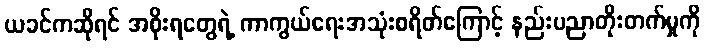
ယခင်ကဆိုရင် အစိုးရတွေရဲ့ ကာကွယ်ရေးအသုံးစရိတ်ကြောင့် နည်းပညာတိုးတက်မှုကို